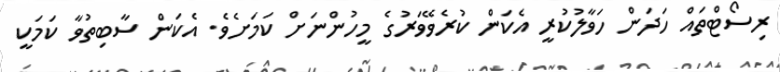
ރިސޯޓްތައް ހަދަން ހަވާލުކުރީ އެކަން ކުރެވޭވަރުގެ މީހުންނަށް ކަމަށެވެ. އެކަން ސާބިތުވާ ކަމަކީ